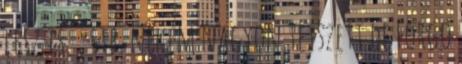
lesz is. , stb. nekem nagyon tetszett de Forgo